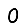
Digit: 0